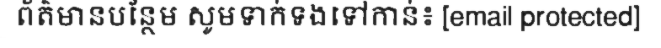
ព័ត៌មានបន្ថែម សូមទាក់ទងទៅកាន់៖ [email protected]